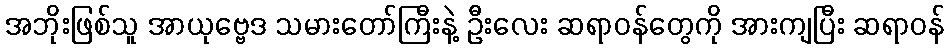
အဘိုးဖြစ်သူ အာယုဗ္ဗေဒ သမားတော်ကြီးနဲ့ ဦးလေး ဆရာဝန်တွေကို အားကျပြီး ဆရာဝန်